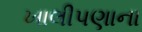
ખાલીપણાના